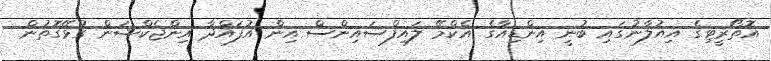
އޮތޯރީޓިގެ އިއުލާނުގައި ބުނީ އިންޑިއާގެ އެކްމޭ ލައިފްސައިންސް އިން އުފައްދާ އިންޖެކްޝަން ގުޅޭގޮތުން